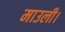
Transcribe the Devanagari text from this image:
माउली।